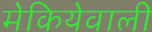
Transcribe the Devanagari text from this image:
मेकियेवाली